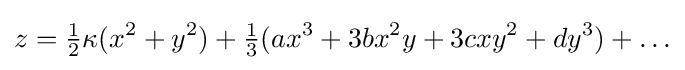
z={\tfrac {1}{2}}\kappa (x^{2}+y^{2})+{\tfrac {1}{3}}(ax^{3}+3bx^{2}y+3cxy^{2}+dy^{3})+\ldots